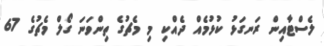
ލެސްޓާއިން ރަނގަޅު ކުޅުމެއް ދެއްކި މި މެޗުގެ ތިންވަނަ ގޯލް މެޗުގެ 67